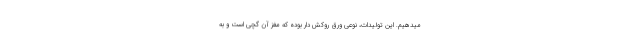
میدهیم. این تولیدات، نوعی ورق روکش دار بوده که مغز آن گچی است و به